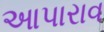
આપારાવ